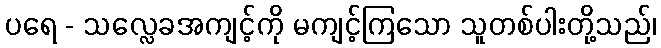
ပရေ - သလ္လေခအကျင့်ကို မကျင့်ကြသော သူတစ်ပါးတို့သည်၊